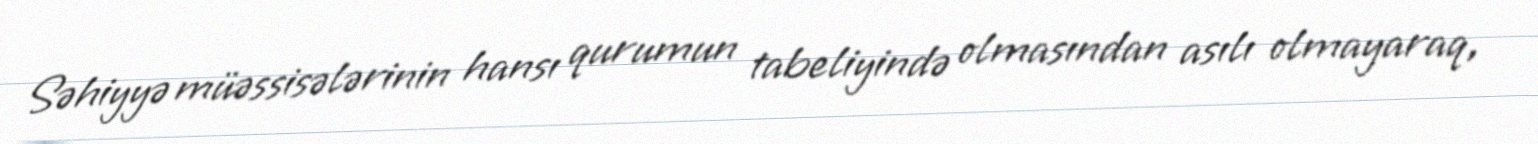
Səhiyyə müəssisələrinin hansı qurumun tabeliyində olmasından asılı olmayaraq,